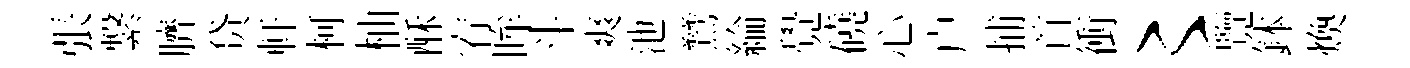
張繋臍贷軒柯柚酥宥眸斗爽池鷥綸覺磽心户捕首衝〻覽鉢煥